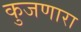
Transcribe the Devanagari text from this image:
कुजणारा